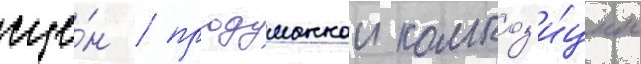
сце́н / продуманнои композ'и́ции